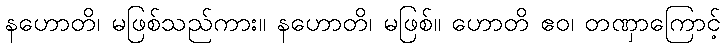
နဟောတိ၊ မဖြစ်သည်ကား။ နဟောတိ၊ မဖြစ်။ ဟောတိ ဧဝ၊ တဏှာကြောင့်